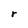
Character: r